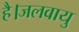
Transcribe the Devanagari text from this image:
है।जलवायु